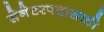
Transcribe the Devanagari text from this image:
सेनेटरपदासाठी